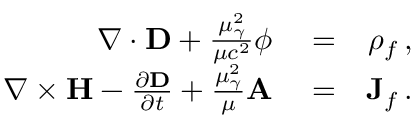
\begin{array} { r l r } { \nabla \cdot { \bf D } + \frac { \mu _ { \gamma } ^ { 2 } } { \mu c ^ { 2 } } \phi } & { { } = } & { \rho _ { f } \, , } \\ { \nabla \times { \bf H } - \frac { \partial { \bf D } } { \partial t } + \frac { \mu _ { \gamma } ^ { 2 } } { \mu } { \bf A } } & { { } = } & { { \bf J } _ { f } \, . } \end{array}